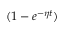
( 1 - e ^ { - \eta t } )